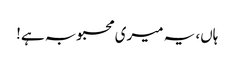
ہاں، یہ میری محبوبہ ہے!